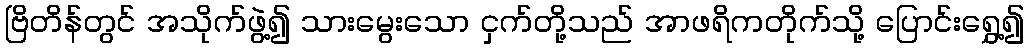
ဗြိတိန်တွင် အသိုက်ဖွဲ့၍ သားမွေးသော ငှက်တို့သည် အာဖရိကတိုက်သို့ ပြောင်းရွှေ့၍